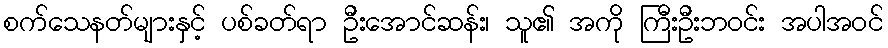
စက်သေနတ်များနှင့် ပစ်ခတ်ရာ ဦးအောင်ဆန်း၊ သူ၏ အကို ကြီးဦးဘဝင်း အပါအဝင်